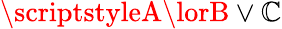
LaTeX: \scriptstyleA\lorB\lor\mathbb{C}